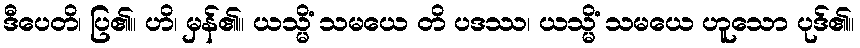
ဒီပေတိ၊ ပြ၏။ ဟိ၊ မှန်၏။ ယသ္မိံ သမယေ တိ ပဒဿ၊ ယသ္မိံ သမယေ ဟူသော ပုဒ်၏။